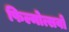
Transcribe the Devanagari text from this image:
फिल्मोत्सवों